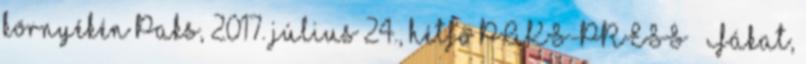
környékén Paks, 2017. július 24., hétfő PAKS-PRESS – Fákat,